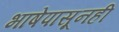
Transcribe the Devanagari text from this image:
भाषेपासूनही